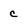
Character: c